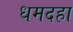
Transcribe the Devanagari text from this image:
धमदहा